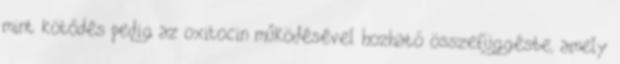
mint kötődés pedig az oxitocin működésével hozható összefüggésbe, amely